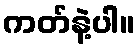
ကတ်နဲ့ပါ။